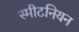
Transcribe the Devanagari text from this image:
स्मीटनियन